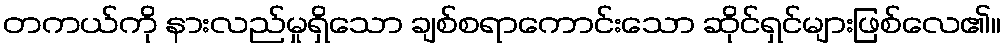
တကယ်ကို နားလည်မှုရှိသော ချစ်စရာကောင်းသော ဆိုင်ရှင်များဖြစ်လေ၏။